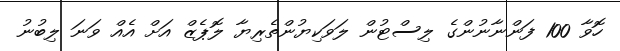
ހޮވާ 100 ފަންނާނުންގެ ލިސްޓުން ލަވަކިޔުންތެރިޔާ ލޮޕެޒް އަށް އެއް ވަނަ ލިބުނު